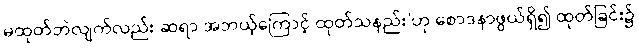
မထုတ်ဘဲလျက်လည်း ဆရာ အဘယ့်ကြောင့် ထုတ်သနည်း’ဟု စောဒနာဖွယ်ရှိ၍ ထုတ်ခြင်း၌